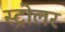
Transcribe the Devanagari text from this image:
स्ट्रोलर